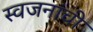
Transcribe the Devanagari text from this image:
स्वजनांची